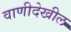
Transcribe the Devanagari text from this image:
वाणीदेखील